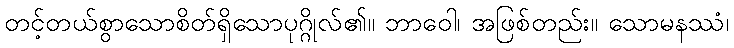
တင့်တယ်စွာသောစိတ်ရှိသောပုဂ္ဂိုလ်၏။ ဘာဝေါ၊ အဖြစ်တည်း။ သောမနဿံ၊